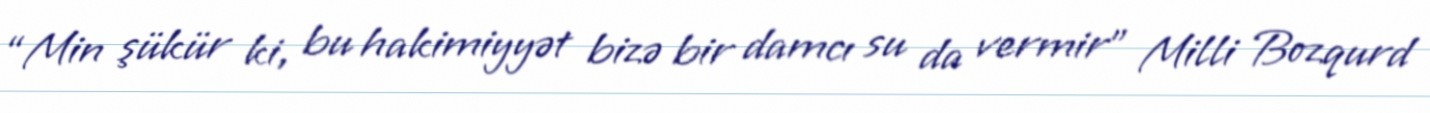
“Min şükür ki, bu hakimiyyət bizə bir damcı su da vermir” Milli Bozqurd